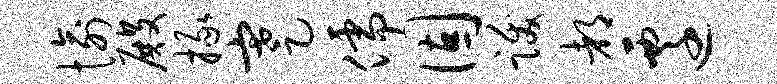
愉殿掾蹇儒固跋都迁